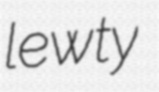
lewty